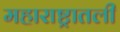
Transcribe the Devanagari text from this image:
महाराष्ट्रातली